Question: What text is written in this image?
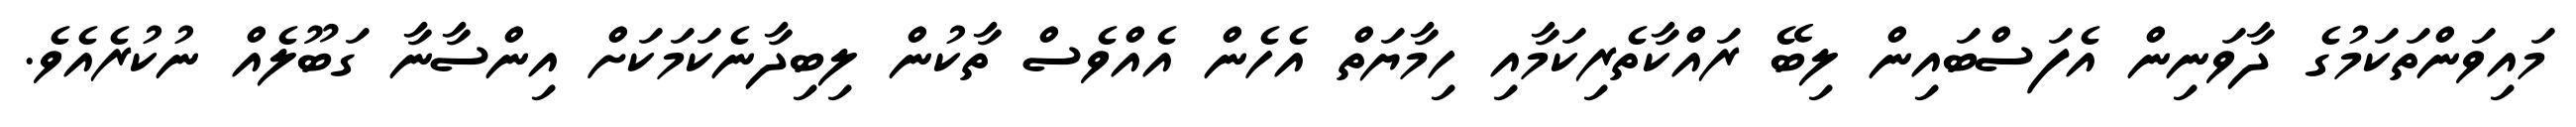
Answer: މައިވަންތަކަމުގެ ދާވަނިން އެފަސްބައިން ލިބޭ ރައްކާތެރިކަމާއި ހިމާޔަތް އެހެން އެއްވެސް ތާކުން ލިބިދާނެކަމަކަށް އިންސާނާ ގަބޫލެއް ނުކުރެއެވެ.